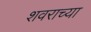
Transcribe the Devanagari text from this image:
शवराच्या